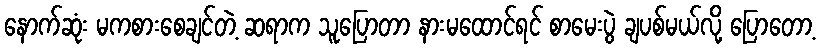
နောက်ဆုံး မကစားစေချင်တဲ့ ဆရာက သူပြောတာ နားမထောင်ရင် စာမေးပွဲ ချပစ်မယ်လို့ ပြောတော့